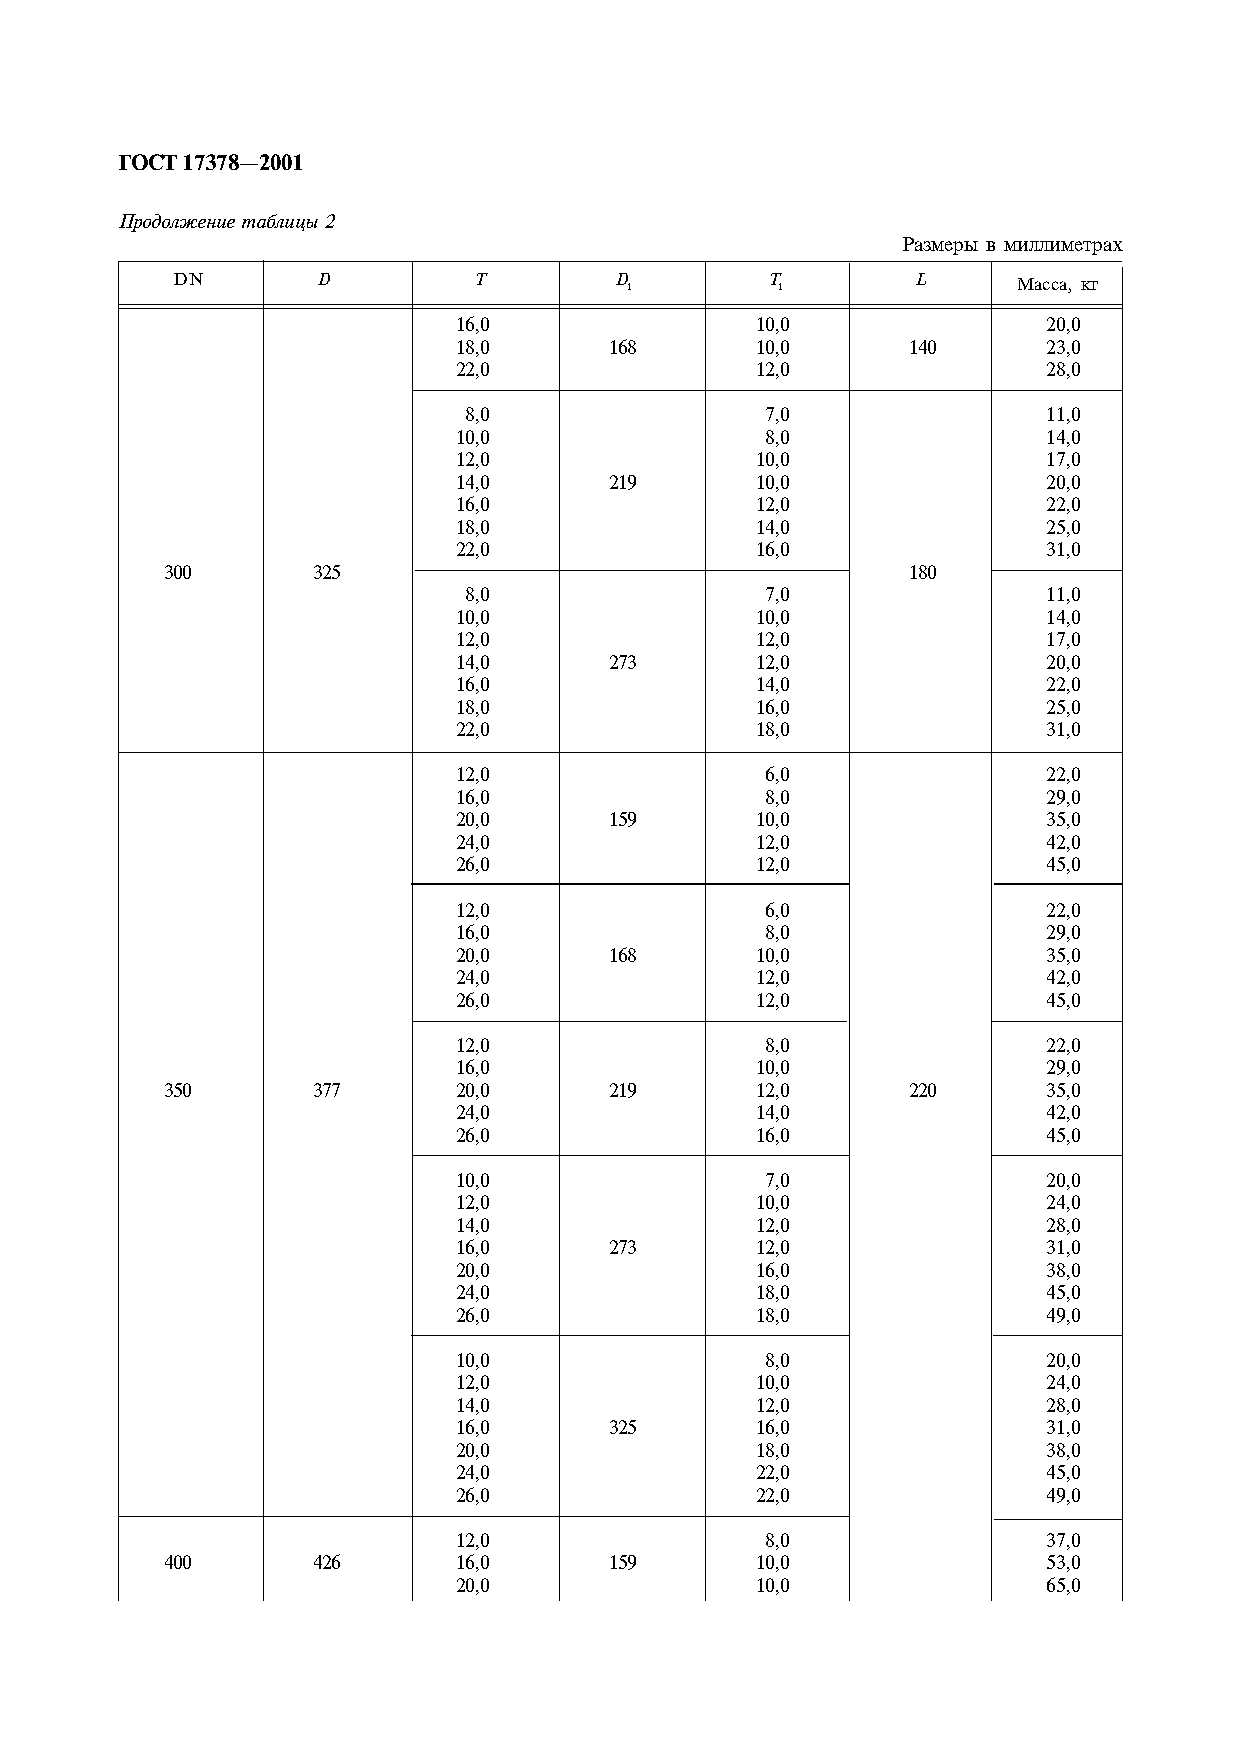
ÃÎÑÒ 17378—2001
 Ïðîäîëæåíèå òàáëèöû 2
 Ðàçìåðû â ìèëëèìåòðàõ
 DN        D         T         D 1       T 1       L     Ìàññà, êã
 16,0                10,0               20,0
 18,0      168       10,0      140      23,0
 22,0                12,0               28,0
 8,0                 7,0               11,0
 10,0                 8,0               14,0
 12,0                10,0               17,0
 14,0      219       10,0               20,0
 16,0                12,0               22,0
 18,0                14,0               25,0
 22,0                16,0               31,0
 300       325                                    180
 8,0                 7,0               11,0
 10,0                10,0               14,0
 12,0                12,0               17,0
 14,0      273       12,0               20,0
 16,0                14,0               22,0
 18,0                16,0               25,0
 22,0                18,0               31,0
 12,0                 6,0               22,0
 16,0                 8,0               29,0
 20,0      159       10,0               35,0
 24,0                12,0               42,0
 26,0                12,0               45,0
 12,0                 6,0               22,0
 16,0                 8,0               29,0
 20,0      168       10,0               35,0
 24,0                12,0               42,0
 26,0                12,0               45,0
 12,0                 8,0               22,0
 16,0                10,0               29,0
 350       377      20,0      219       12,0      220      35,0
 24,0                14,0               42,0
 26,0                16,0               45,0
 10,0                 7,0               20,0
 12,0                10,0               24,0
 14,0                12,0               28,0
 16,0      273       12,0               31,0
 20,0                16,0               38,0
 24,0                18,0               45,0
 26,0                18,0               49,0
 10,0                 8,0               20,0
 12,0                10,0               24,0
 14,0                12,0               28,0
 16,0      325       16,0               31,0
 20,0                18,0               38,0
 24,0                22,0               45,0
 26,0                22,0               49,0
 12,0                 8,0               37,0
 400       426      16,0      159       10,0               53,0
 20,0                10,0               65,0